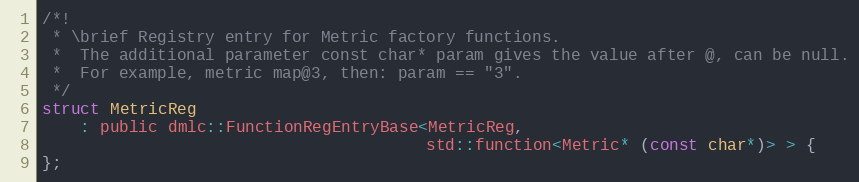
Language: C
/*!
 * \brief Registry entry for Metric factory functions.
 *  The additional parameter const char* param gives the value after @, can be null.
 *  For example, metric map@3, then: param == "3".
 */
struct MetricReg
    : public dmlc::FunctionRegEntryBase<MetricReg,
                                        std::function<Metric* (const char*)> > {
};